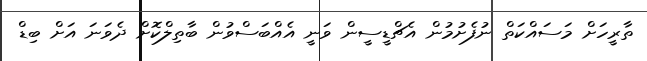
ތާރީހަށް މަސައްކަތް ނުފެށުމުން އެޗްޑީސީން ވަނީ އެއްބަސްވުން ބާތިލްކޮށް ދެވަނަ އަށް ބިޑް